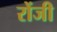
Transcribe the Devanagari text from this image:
रोंजी